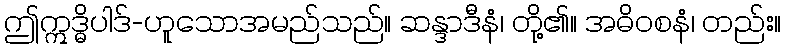
ဤဣဒ္ဓိပါဒ်-ဟူသောအမည်သည်။ ဆန္ဒာဒီနံ၊ တို့၏။ အဓိဝစနံ၊ တည်း။